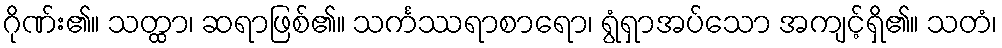
ဂိုဏ်း၏။ သတ္ထာ၊ ဆရာဖြစ်၏။ သင်္ကဿရာစာရော၊ ရွံရှာအပ်သော အကျင့်ရှိ၏။ သတံ၊